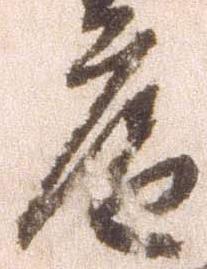
庵